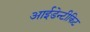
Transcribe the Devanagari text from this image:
आईडेन्टीकिट